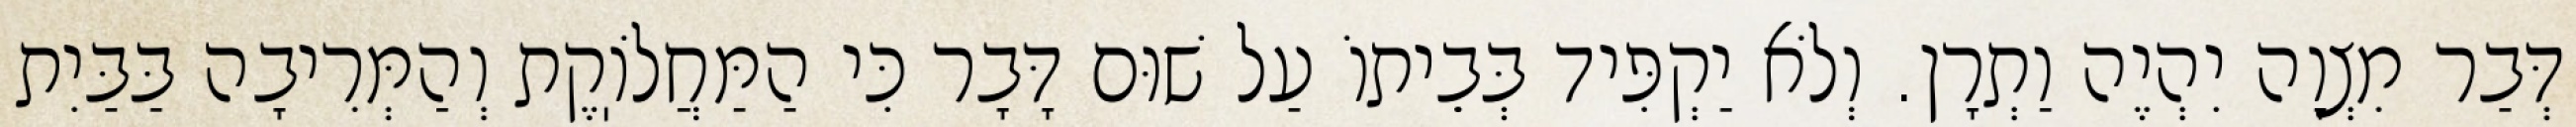
דְּבַר מִצְוָה יִהְיֶה וַתְרָן. וְלֹא יַקְפִּיד בְּבֵיתוֹ עַל שׁוּם דָּבָר כִּי הַמַּחֲלֹוֽקֶת וְהַמְּרִיבָה בַּבַּיִת